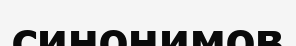
синонимов